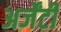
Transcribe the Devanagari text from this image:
अर्जेंटी